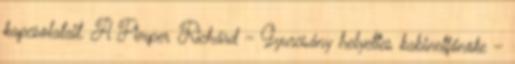
kapcsolatait. A Pimper Richárd – Gyurcsány helyettes kabinetfőnöke –